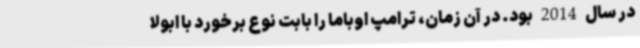
در سال 2014 بود. در آن زمان، ترامپ اوباما را بابت نوع برخورد با ابولا